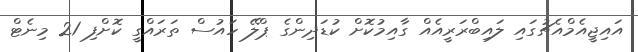
އައިޖީއެމްއެޗުގައި ލައިބްރަރީއެއް ގާއިމުކޮށް ކުޑަދިންގެ ޕްލޭ ހައުސް ތަރައްގީ ކޮށްފި 21 މިނެޓް